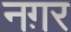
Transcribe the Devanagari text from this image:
नग़र